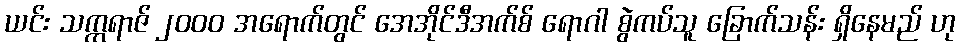
ယင်း သက္ကရာဇ် ၂၀၀၀ အရောက်တွင် အေအိုင်ဒီအက်စ် ရောဂါ စွဲကပ်သူ ခြောက်သန်း ရှိနေမည် ဟု